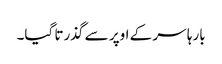
بارہا سر کے اوپر سے گذرتا گیا۔